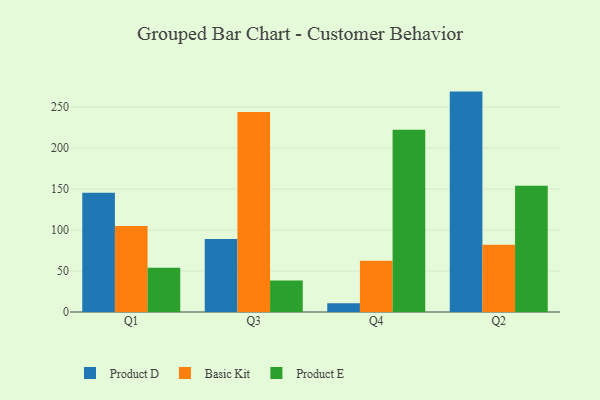
{"axis": {"x": "Quarter", "y": "Shipments"}, "legend": ["Basic Kit", "Product D", "Product E"], "data": [{"x": "Q1", "y": 145.6, "type": "Product D"}, {"x": "Q1", "y": 104.9, "type": "Basic Kit"}, {"x": "Q1", "y": 53.9, "type": "Product E"}, {"x": "Q3", "y": 89.2, "type": "Product D"}, {"x": "Q3", "y": 244.2, "type": "Basic Kit"}, {"x": "Q3", "y": 38.4, "type": "Product E"}, {"x": "Q4", "y": 10.6, "type": "Product D"}, {"x": "Q4", "y": 62.7, "type": "Basic Kit"}, {"x": "Q4", "y": 222.3, "type": "Product E"}, {"x": "Q2", "y": 269.0, "type": "Product D"}, {"x": "Q2", "y": 82.1, "type": "Basic Kit"}, {"x": "Q2", "y": 154.2, "type": "Product E"}]}